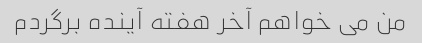
من می خواهم آخر هفته آینده برگردم